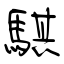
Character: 騏